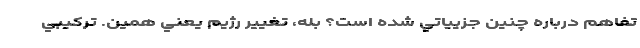
تفاهم درباره چنين جزيياتي شده است؟ بله، تغيير رژيم يعني همين. تركيبي